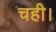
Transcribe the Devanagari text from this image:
चही।